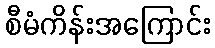
စီမံကိန်းအကြောင်း